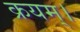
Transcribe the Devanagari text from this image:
क्रयम्।